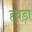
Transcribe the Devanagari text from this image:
हवड़ा